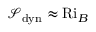
\ensuremath { \mathcal { S } } _ { \mathrm { d y n } } \approx \ensuremath { \mathrm { R i } _ { B } }